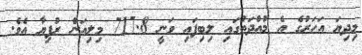
މިދިޔަ އަހަރުގެ އެ މުއްދަތުގައި ލިބިފައި ވަނީ 717.8 މިލިއަން ރުފިޔާ އެވެ.